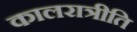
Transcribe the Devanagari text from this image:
कालरात्रीति